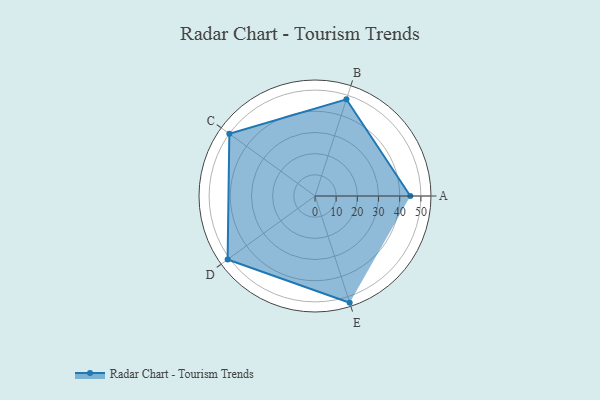
{"axis": {"x": "Skill", "y": "Score"}, "legend": ["Profile"], "data": [{"x": "A", "y": 45.0, "type": "Profile"}, {"x": "B", "y": 48.0, "type": "Profile"}, {"x": "C", "y": 50.0, "type": "Profile"}, {"x": "D", "y": 51.0, "type": "Profile"}, {"x": "E", "y": 53.0, "type": "Profile"}]}